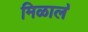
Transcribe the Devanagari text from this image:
मिळाल॓